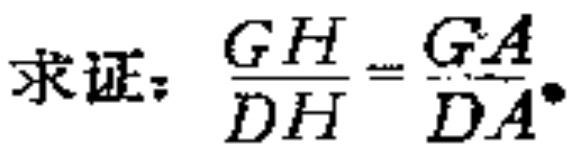
求证：$\frac{GH}{DH}=\frac{GA}{DA}$